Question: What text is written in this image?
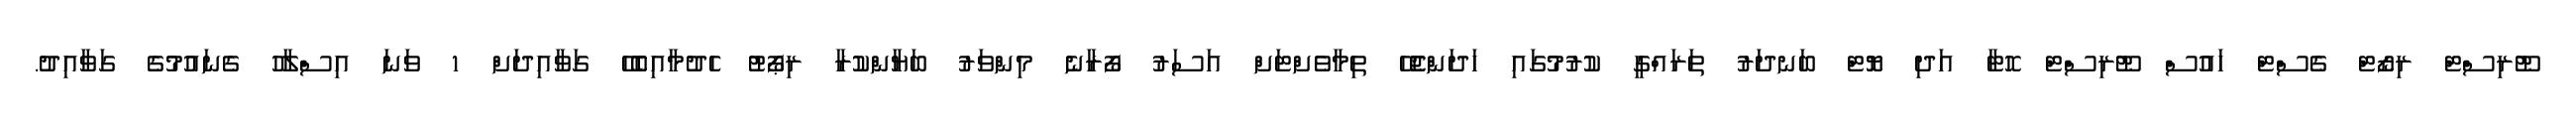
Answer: ޓޫރިސްޓް ރިޒޯޓް ގެސްޓް ހައުސް ޓޫރިސްޓް ހޮޓާ އަދި ޔޮޓް ބަނދަރު ތަރައްގީ ކުރުމުގައި ހަދަންޖެހޭ ތިމާވެށްޓަށް އަސަރު ފޯރާނެ މިންވަރު ބަޔާންކުރާ ރިޕޯޓު ހެދުމާއިބެހޭ ގަވާއިދަށް 1 ވަނަ އިސްލާހު ގެނައުމުގެ ގަވާއިދު.